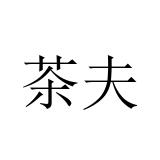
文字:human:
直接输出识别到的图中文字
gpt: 茶夫